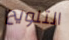
التلويح